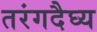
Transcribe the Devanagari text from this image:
तरंगदैघ्य